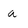
Character: a